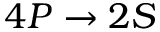
4 P \rightarrow 2 S